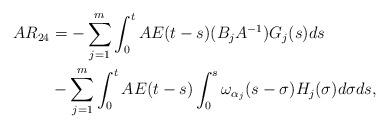
LaTeX: \begin{align*} AR_{24} & = -\sum\limits_{j=1}^{m} \int_0^t AE(t-s) (B_jA^{-1}) G_j(s)ds \\ & - \sum\limits_{j=1}^{m}\int_0^t AE(t-s) \int_0^s \omega_{\alpha_j}(s-\sigma) H_j(\sigma) d\sigma ds, \end{align*}